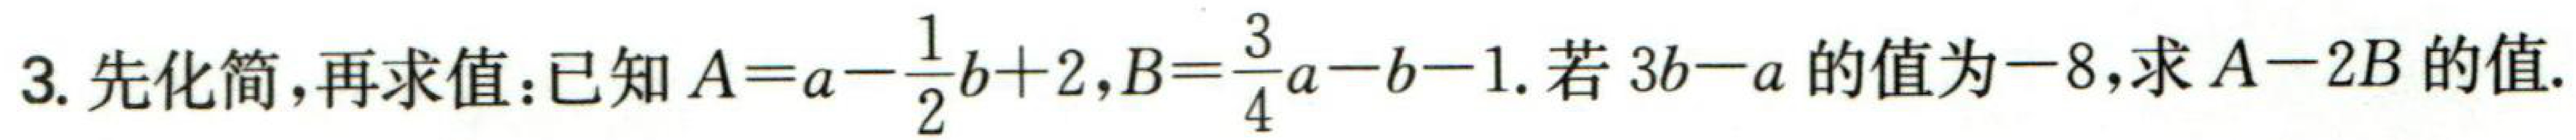
3. 先化简，再求值：已知\(A = a-\frac{1}{2}b + 2\)，\(B = \frac{3}{4}a - b - 1\). 若\(3b - a\)的值为\(-8\)，求\(A - 2B\)的值.